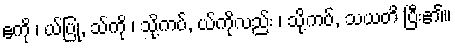
ဧကို ၊ ယ်ပြု, သ်ကို ၊ သို့ကပ်, ယ်ကိုလည်း ၊ သို့ကပ်, သယတိ ပြီး၏။